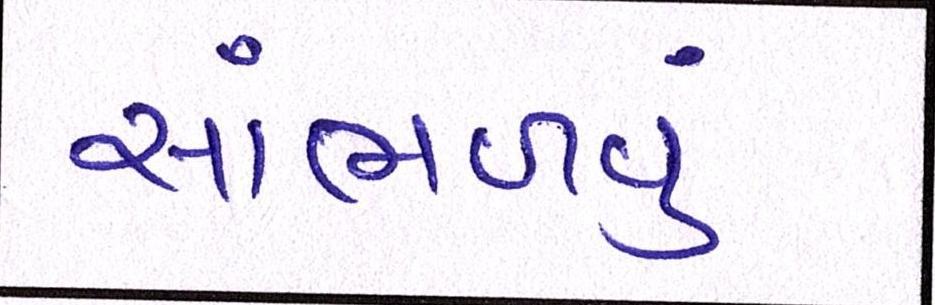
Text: સાંભળવું